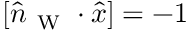
[ \hat { n } _ { \mathrm { ~ W ~ } } \cdot \hat { x } ] = - 1